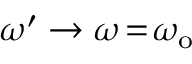
\omega ^ { \prime } \rightarrow \omega \! = \! \omega _ { \mathrm { o } }